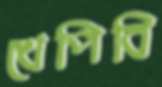
খেপিবি